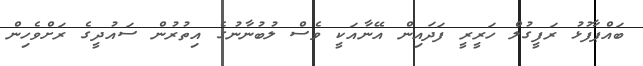
ބައްޕާފުޅު ރަފީގުލް ހަރީރީ ފަދައިން އޭނާއަކީ ވެސް ލުބުނާނުގެ އިތުރުން ސައުދީގެ ރަށްވެހިން